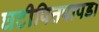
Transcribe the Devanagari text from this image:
घटीपित्तपापडा